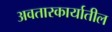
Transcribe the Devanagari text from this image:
अवतारकार्यातील